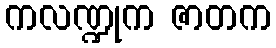
ကလဏ္ဍုက ဇာတက